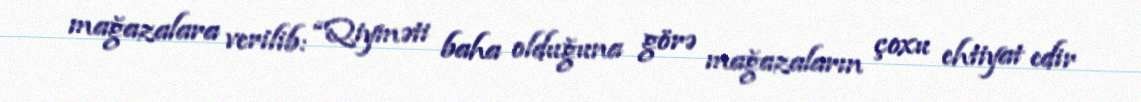
mağazalara verilib: “Qiyməti baha olduğuna görə mağazaların çoxu ehtiyat edir